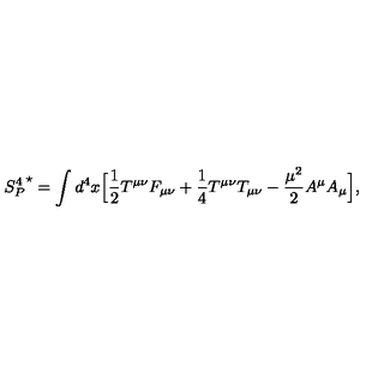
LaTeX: { S _ { P } ^ { 4 } } ^ { \star } = \int d ^ { 4 } x \Bigl [ { \frac { 1 } { 2 } } T ^ { \mu \nu } F _ { \mu \nu } + { \frac { 1 } { 4 } } T ^ { \mu \nu } T _ { \mu \nu } - { \frac { { \mu } ^ { 2 } } { 2 } } A ^ { \mu } A _ { \mu } \Bigl ] ,